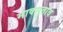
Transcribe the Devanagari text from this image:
माक्सुतोव